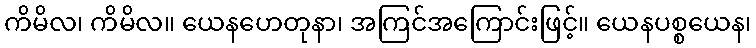
ကိမိလ၊ ကိမိလ။ ယေနဟေတုနာ၊ အကြင်အကြောင်းဖြင့်။ ယေနပစ္စယေန၊